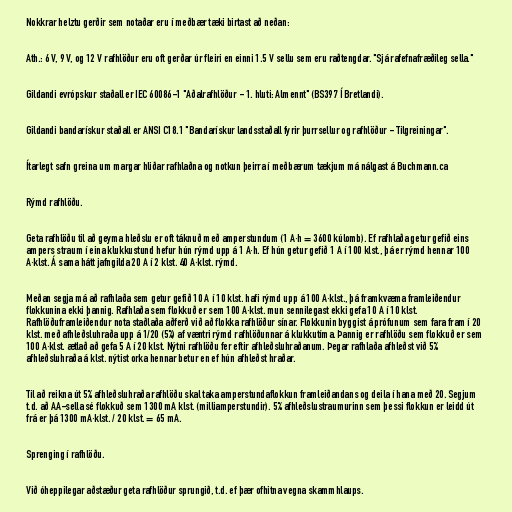
Nokkrar helztu gerðir sem notaðar eru í meðbær tæki birtast að neðan:

Ath.: 6 V, 9 V, og 12 V rafhlöður eru oft gerðar úr fleiri en einni 1.5 V sellu sem eru raðtengdar. "Sjá rafefnafræðileg sella."

Gildandi evrópskur staðall er IEC 60086-1 "Aðalrafhlöður - 1. hluti: Almennt" (BS397 Í Bretlandi).

Gildandi bandarískur staðall er ANSI C18.1 "Bandarískur landsstaðall fyrir þurrsellur og rafhlöður - Tilgreiningar".

Ítarlegt safn greina um margar hliðar rafhlaðna og notkun þeirra í meðbærum tækjum má nálgast á Buchmann.ca

Rýmd rafhlöðu.

Geta rafhlöðu til að geyma hleðslu er oft táknuð með amperstundum (1 A·h = 3600 kúlomb). Ef rafhlaða getur gefið eins
ampers straum í eina klukkustund hefur hún rýmd upp á 1 A·h. Ef hún getur gefið 1 A í 100 klst., þá er rýmd hennar 100
A·klst. Á sama hátt jafngilda 20 A í 2 klst. 40 A·klst. rýmd.

Meðan segja má að rafhlaða sem getur gefið 10 A í 10 klst. hafi rýmd upp á 100 A·klst., þá framkvæma framleiðendur
flokkunina ekki þannig. Rafhlaða sem flokkuð er sem 100 A·klst. mun sennilegast ekki gefa 10 A í 10 klst.
Rafhlöðuframleiðendur nota staðlaða aðferð við að flokka rafhlöður sínar. Flokkunin byggist á prófunum sem fara fram í 20
klst. með afhleðsluhraða upp á 1/20 (5%) af væntri rýmd rafhlöðunnar á klukkutíma. Þannig er rafhlöðu sem flokkuð er sem
100 A·klst. ætlað að gefa 5 A í 20 klst. Nýtni rafhlöðu fer eftir afhleðsluhraðanum. Þegar rafhlaða afhleðst við 5%
afhleðsluhraða á klst. nýtist orka hennar betur en ef hún afhleðst hraðar.

Til að reikna út 5% afhleðsluhraða rafhlöðu skal taka amperstundaflokkun framleiðandans og deila í hana með 20. Segjum
t.d. að AA-sella sé flokkuð sem 1300 mA klst. (milliamperstundir). 5% afhleðslustraumurinn sem þessi flokkun er leidd út
frá er þá 1300 mA·klst. / 20 klst. = 65 mA.

Sprenging í rafhlöðu.

Við óheppilegar aðstæður geta rafhlöður sprungið, t.d. ef þær ofhitna vegna skammhlaups.